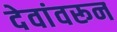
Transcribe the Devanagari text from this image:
देवांवरून